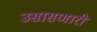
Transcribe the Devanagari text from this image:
उसासणारी